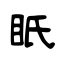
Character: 眂